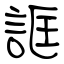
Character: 誆